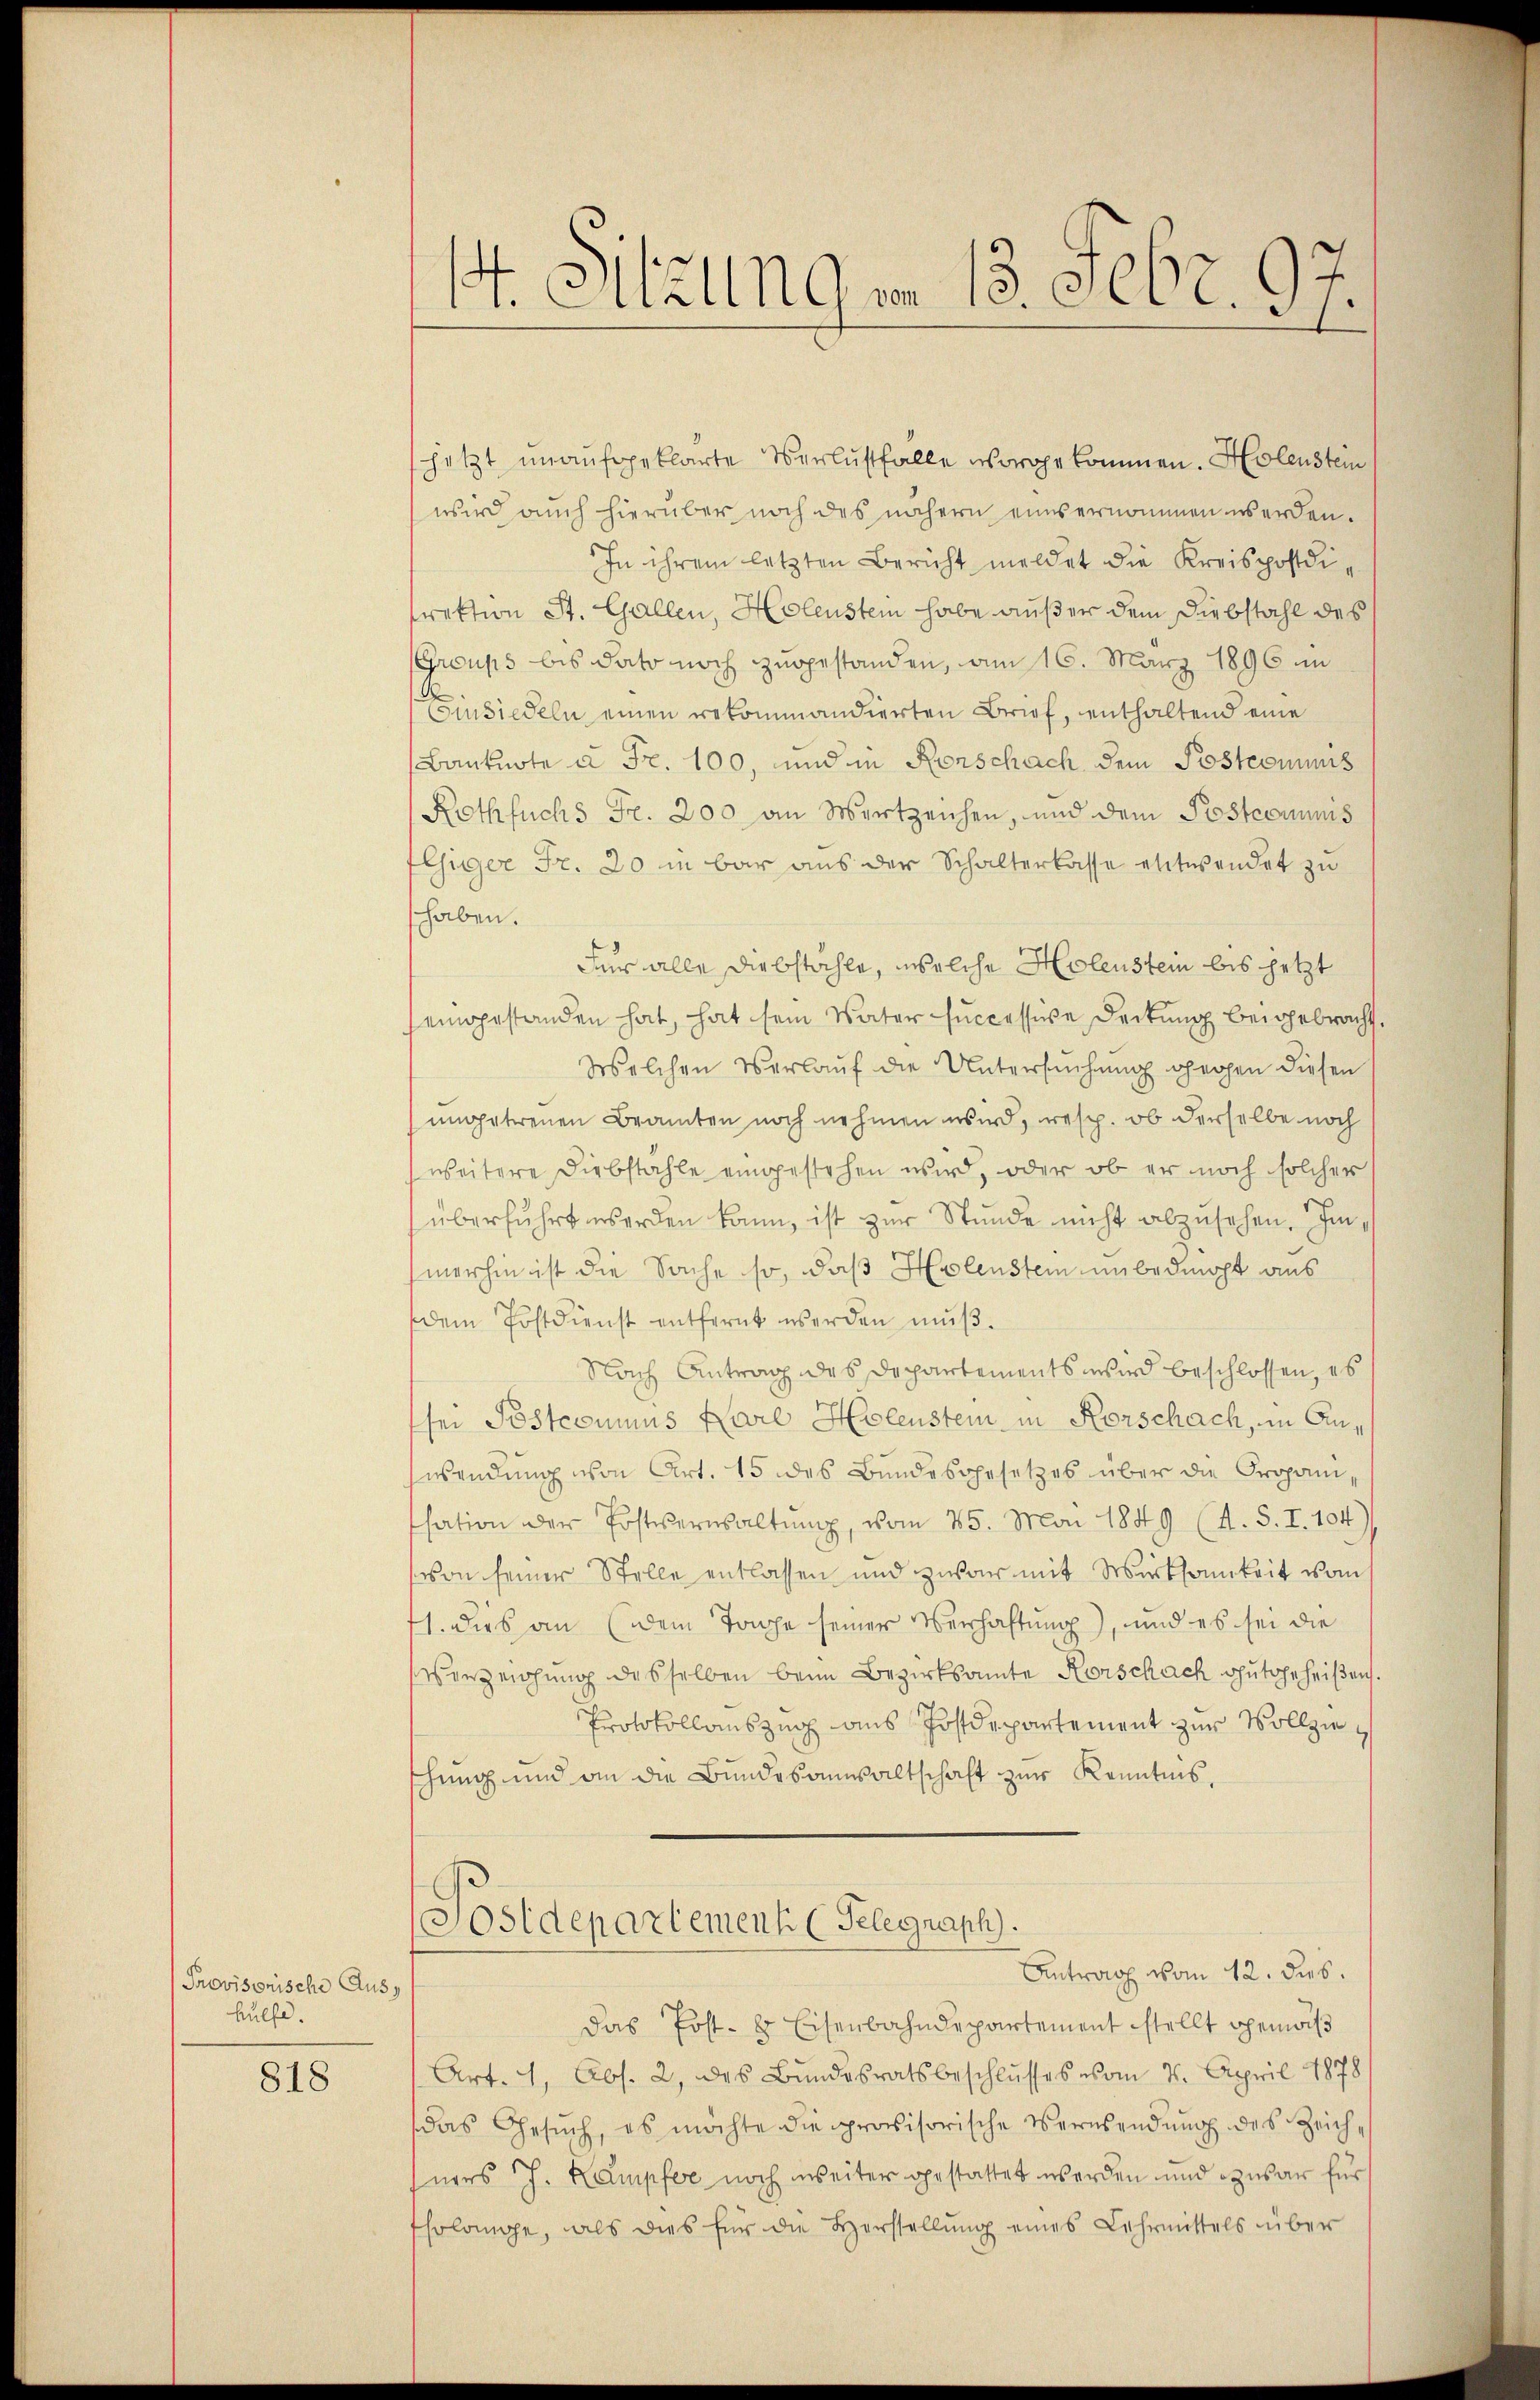
Provisorische Aus
hülfe.

818

1. Btzungen 13. Febr. 97.
t

jetzt unaufgeklärte Verlustfalle vorgekommen. Helenstein
wird auch hierüber noch des nähern einsernommen werden.
In ihrem letzten Bericht meldet die Kreispostdirektion St. Gallen, Holenstein habe außer dem Diebstahl des
Groups bis dato noch zugestanden, am 16. März 1896 in
Einsiedeln einen rekommandierten Brief, enthaltend eine
Banknote u Fr. 100, und in Rorschach dem Postcomuns
Rothfuchs Fr. 200 an Wertzeichen, und dem Postcommis
lsiger Fr. 20 in bar aus der Schalterlasse entwendet zu
haben.
Für alle Diebstahle, welche Holenstein bis jetzt
eingestanden hat, hat sein Vater successive Deckung beigebracht.
Welchen Verlauf die Untersuchung gegen diesen
ungetreuen Beamten noch nehmen wird, resp. ob derselbe noch
weitere Diebstahle eingestehen wird, oder ob er noch solcher
überführt werden kann, ist zur Stunde nicht abzusehen. Im
merhin ist die Sache so, daß Helenstein unbedingt aus
dem Postdienst entfernt werden muß.
Nach Antrag des Departements wird beschlossen, es
sei Postcommus Karl Holenstein in Rorschach, in Answendung von Art. 15 des Bundesgesetzes über die Proponisation der Postverwaltŭng, vom 25. Mai 1849 (1. S. I. 104)
von seiner Stelle entlassen und zwar mit Wirksamkeit vom
1. dies an (dem Tage seiner Verhaftung), und es sei die
Verzeichung desselben beim Bezirksamte Korschach gutgeheißen.
Protokollauszug aus Postdepartement zur Vollzieschung und an die Bundesanwaltschaft zur Kenntnis,
(Postdepartement (Telegraph.
Antrag vom 12. ds.
das Post- & Eisenbahndepartement stellt gemach
Art. 1, Abs. 2, des Bundesratsbeschlusses vom 4. April 1878
das Gesŭch, es möchte die provisorische Versendung des Zeichners J. Kampfer noch weiter gestattet werden und zwar für
Eholange, als dies für die Herstellung eines Lehrmittels über